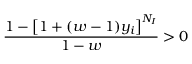
\frac { 1 - \left[ 1 + ( w - 1 ) y _ { i } \right] ^ { N _ { I } } } { 1 - w } > 0